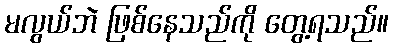
မလွယ်ဘဲ ဖြစ်နေသည်ကို တွေ့ရသည်။